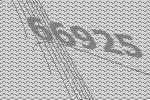
66925